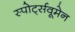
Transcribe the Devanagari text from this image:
स्पोर्ट्सवूमेन